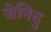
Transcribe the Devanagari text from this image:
जेनिदु